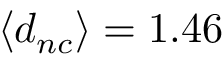
\langle d _ { n c } \rangle = 1 . 4 6